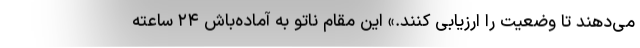
می‌دهند تا وضعیت را ارزیابی کنند.» این مقام ناتو به آماده‌باش ۲۴ ساعته